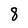
Character: 8